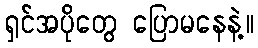
ရှင်အပိုတွေ ပြောမနေနဲ့။